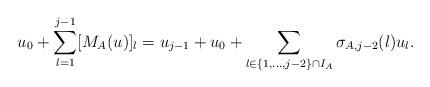
LaTeX: \begin{align*} u_0 + \sum_{l=1}^{j-1}[M_A (u)]_l = u_{j-1} + u_0 + \sum_{l \in \{1,...,j-2\} \cap I_A } \sigma_{A , j-2} (l) u_l .\end{align*}